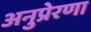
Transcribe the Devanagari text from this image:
अनुप्रेरणा